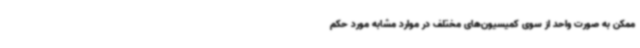
ممکن به صورت واحد از سوی کمیسیون‌های مختلف در موارد مشابه مورد حکم